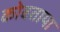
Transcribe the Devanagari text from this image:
कोबताया